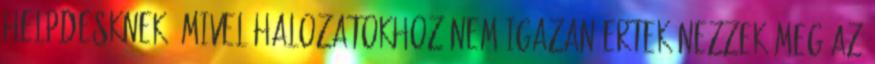
helpdesknek, mivel halozatokhoz nem igazan ertek nezzek meg az